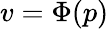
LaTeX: v=\Phi(p)